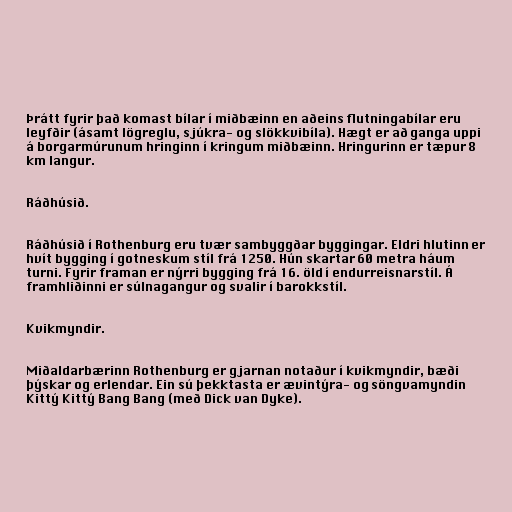
Þrátt fyrir það komast bílar í miðbæinn en aðeins flutningabílar eru
leyfðir (ásamt lögreglu, sjúkra- og slökkvibíla). Hægt er að ganga uppi
á borgarmúrunum hringinn í kringum miðbæinn. Hringurinn er tæpur 8
km langur.

Ráðhúsið.

Ráðhúsið í Rothenburg eru tvær sambyggðar byggingar. Eldri hlutinn er
hvít bygging í gotneskum stíl frá 1250. Hún skartar 60 metra háum
turni. Fyrir framan er nýrri bygging frá 16. öld í endurreisnarstíl. Á
framhliðinni er súlnagangur og svalir í barokkstíl.

Kvikmyndir.

Miðaldarbærinn Rothenburg er gjarnan notaður í kvikmyndir, bæði
þýskar og erlendar. Ein sú þekktasta er ævintýra- og söngvamyndin
Kittý Kittý Bang Bang (með Dick van Dyke).